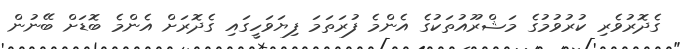
ގެދޮރުވެރި ކުރުވުމުގެ މަޝްރޫއުތަކުގެ އެންމެ ފުރަތަމަ ފިޔަވަހީގައި ގެދޮރަށް އެންމެ ބޮޑަށް ބޭނުން